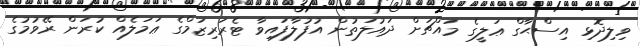
ވިލިދޮޅި އިސްޙާގް ޢަލީގެ މައްޗަށް ދައުލަތުން އުފުލާފައިވާ ޓެރަރިޒަމްގެ ޢަމަލެއް ކުރަން ރޭވުމުގެ